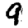
Digit: 9